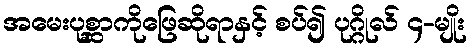
အမေးပုစ္ဆာကိုဖြေဆိုရာနှင့် စပ်၍ ပုဂ္ဂိုလ် ၄-မျိုး